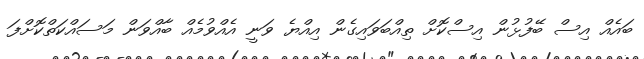
ބައެއް އިސް ބޭފުޅުން އިސްކޮށް ތިއްބަވައިގެން އިއްޔެ ވަނީ އެއްވުމެއް ބާއްވަން މަސައްކަތްކޮށްފަ